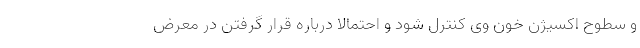
و سطوح اکسیژن خون وی کنترل شود و احتمالا درباره قرار گرفتن در معرض